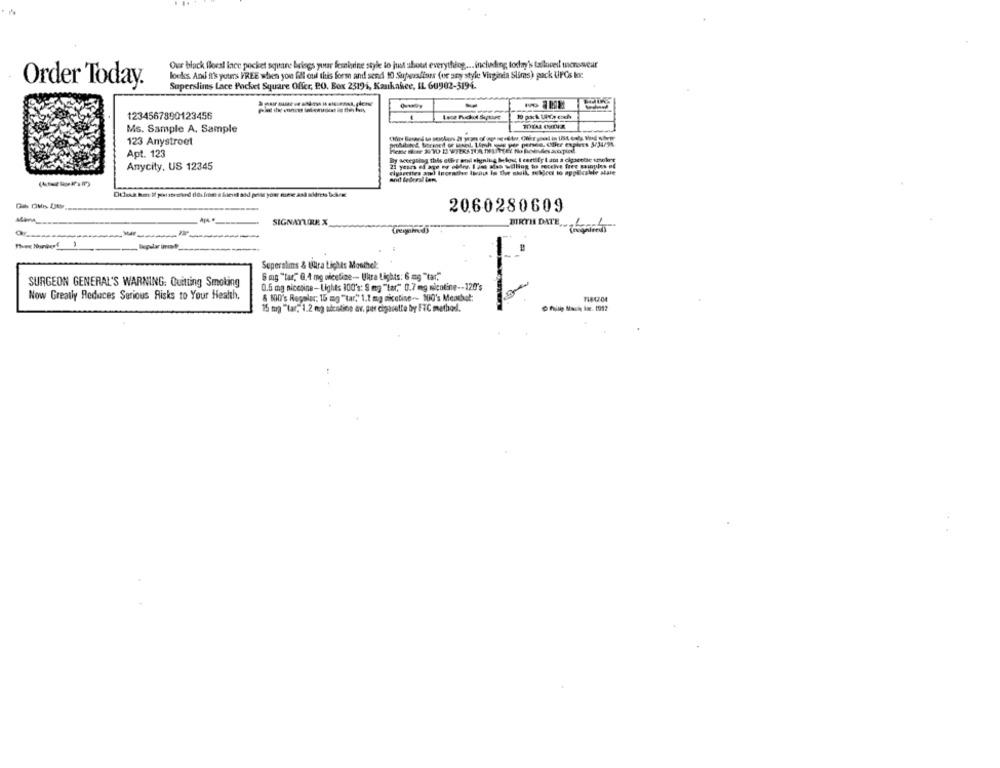
Our black floral lare pocket square brings your feminine style to just about everything ... including today's tailored menosvear
looks And it's your's FREE when you fel oul this form and send 10 Superstines (or any style Virginia Slims) pack UPCs loc
Order Today.
Superslims Lace Pocket Square Offer, PO. Box 2319i, Kankakee, IL 60902-3194.
-
1234567890123456
Ms. Sample A. Sample
123 Anystroet
Apt. 123
Anycity, US 12345
21 years ed aye er obder. I am afas willing to receive free sainples of
2060280609
SIGNATURE X
BIRTH DATE,
Superslims & Utra Lights Monthel:
6 mg "tar," 0,4 mg niceline -- Ukra Lights: 6 mg "tar."
SURGEON GENERAL'S WARNING: Quitting Smoking
0.5 mg nicesine- Lights 100's: S mg "tar," 0.7 mg nicotine -- 120's
Now Greatly Reduces Serious Risks to Your Health.
& MO's Regolar: 15 mg "tar." 1.1 mg nicotine -- 100's Meachet:
15 mrg "lar. 1.2 mg adcoline av. per cigarette by FTC method.
.